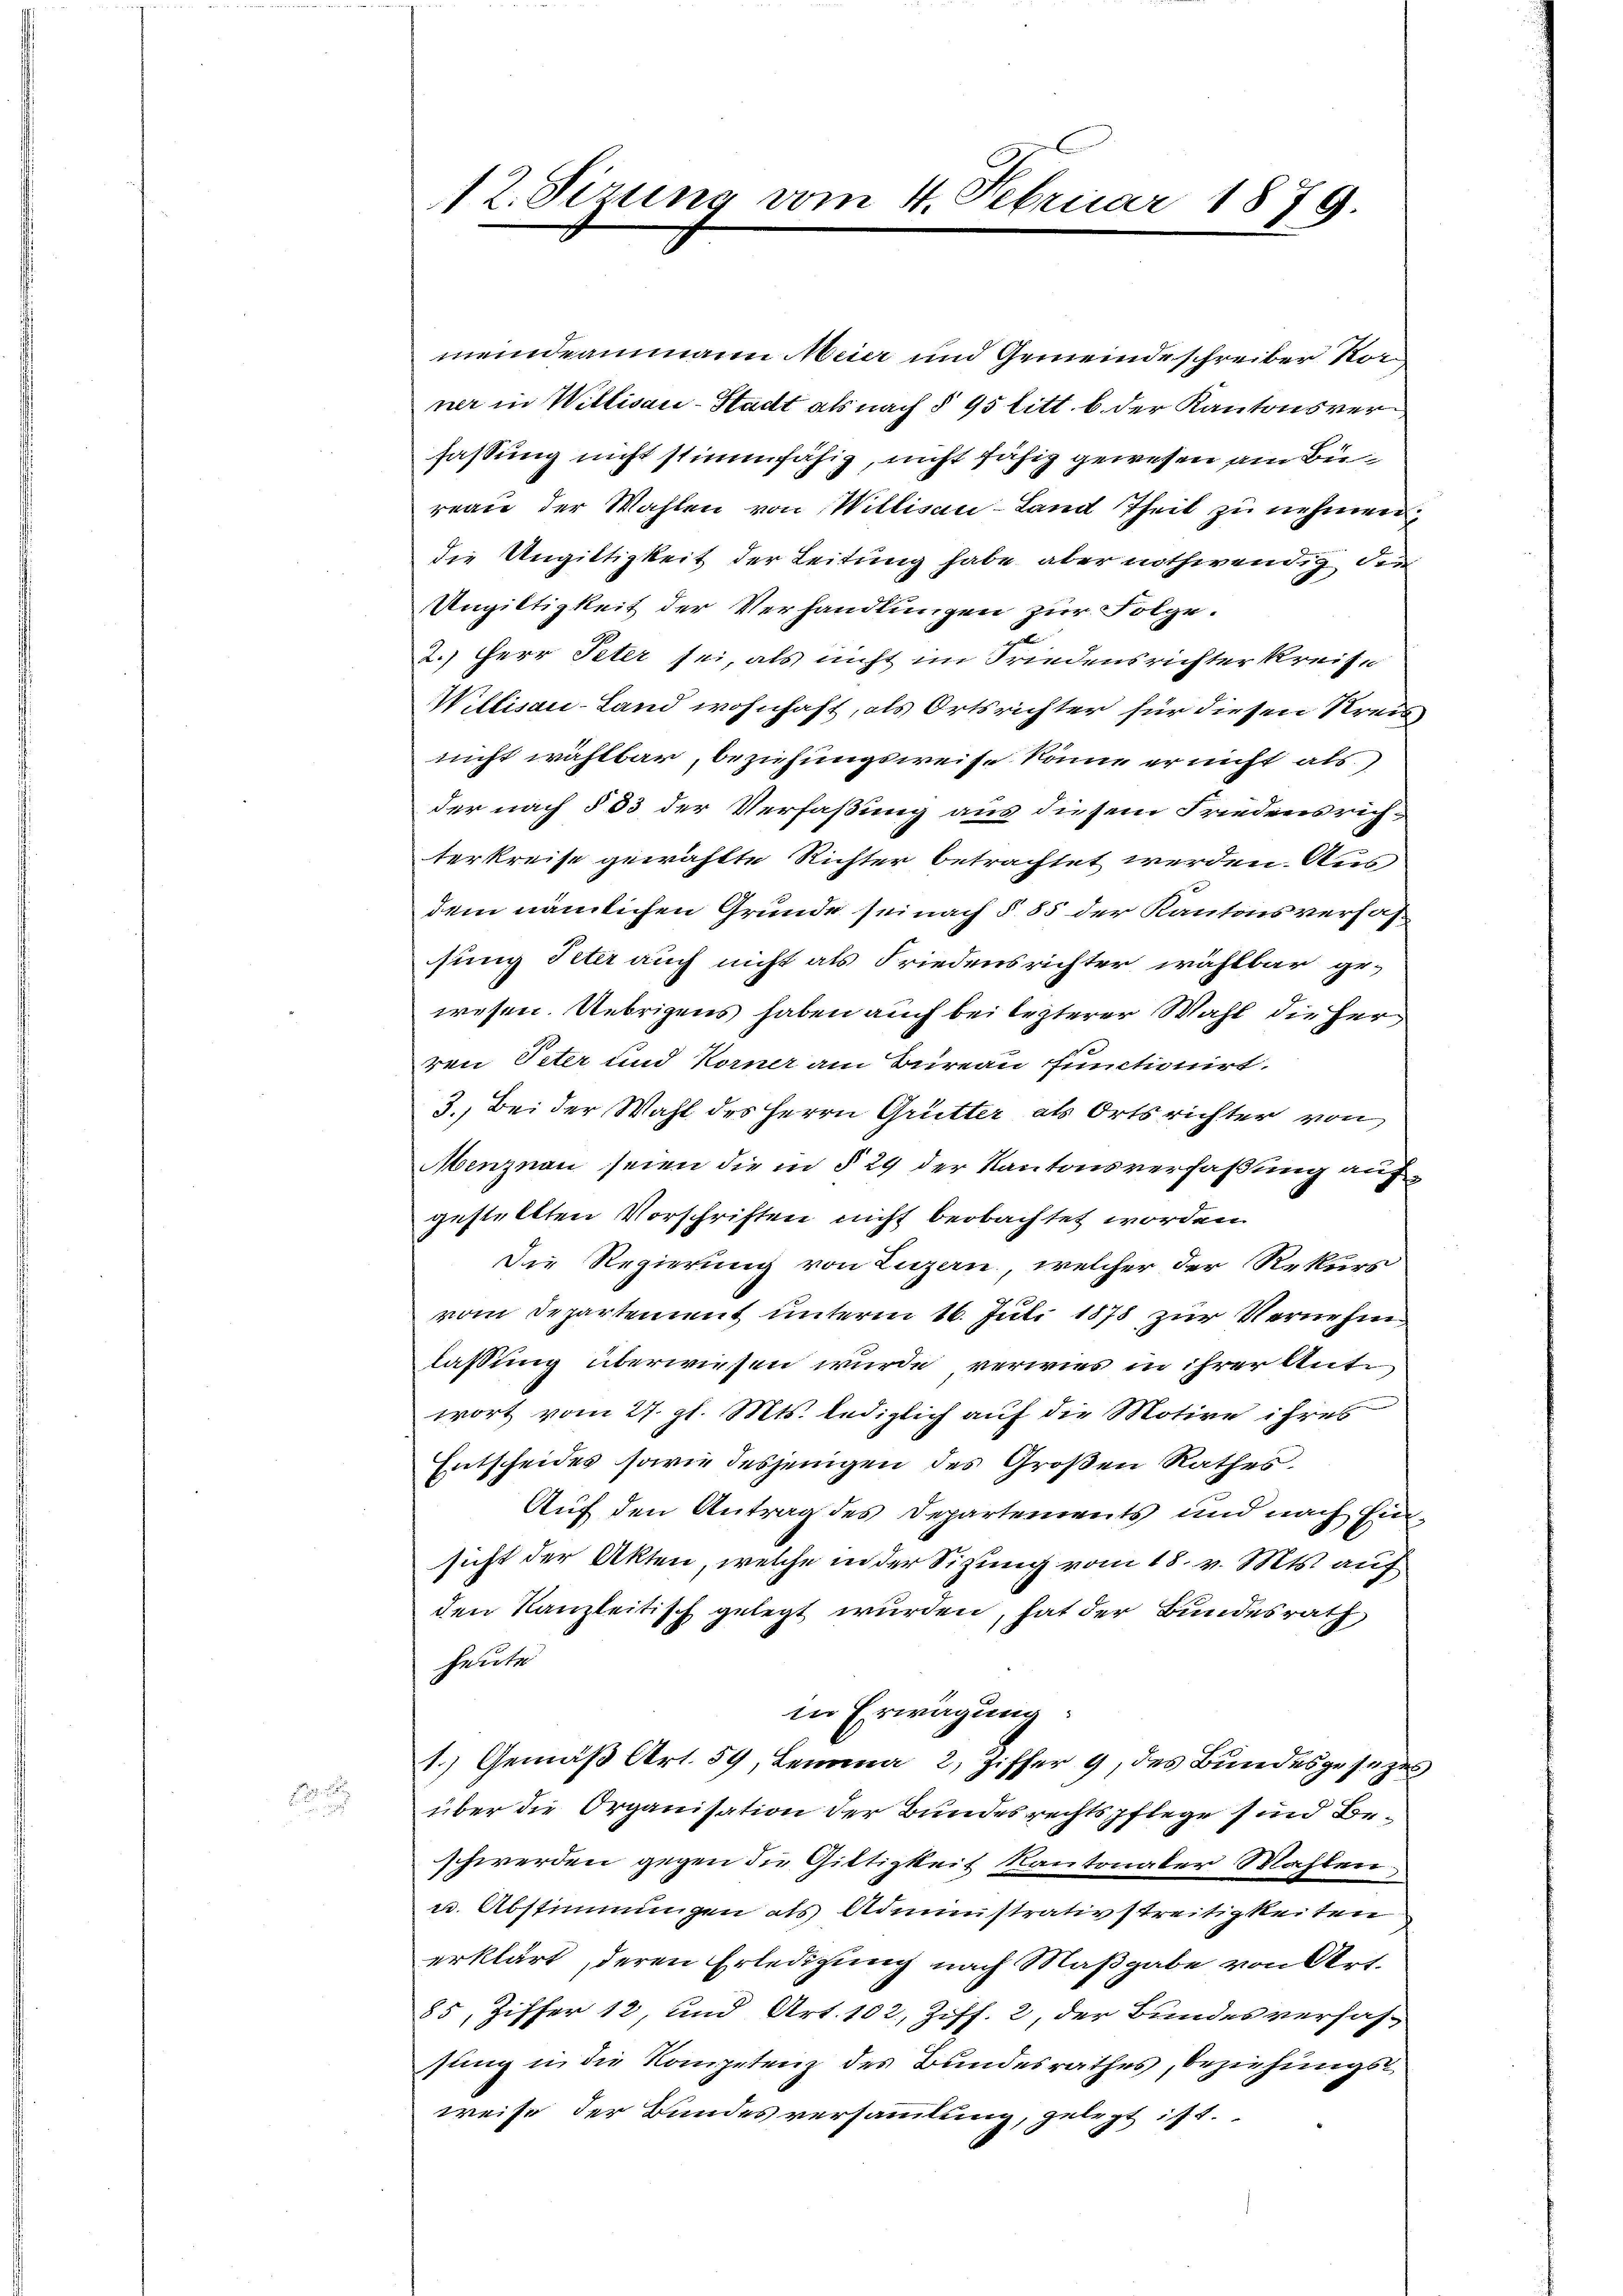
12. Sizung vom 4. Februar 1879.

meindeammann Meier und Gemeindeschreiber Vorner in Willisau-Stadt als nach § 95 litt. b. der Kantonsverfassung nicht stimmfähig, nicht fähig gewesen am Büreau der Wahlen von Willisau-Land Theil zu nehmen.
die Ungittigkeit der Leitung habe aber nothwendig, den
Ungiltigkeit der Verhandlungen zur Folge.
2.) Herr Peter sei, als nicht im Friedensrichter Kreise
Willisau-Land wohnhaft, als Ortsrichter für diesen Kreis
nicht wahlbar, beziehungsweise könne er nicht als
der nach § 33 der Verfaßung aus diesem Friedensrich-
terkreise gewählte Richter betrachtet werden. Aus
dem nämlichen Grunde sei nach § 85 der Kantonsverhafsung Peter auch nicht als Friedensrichter wählbar ge-
wesen. Uebrigens haben auch bei lezterer Wahl die Herr
ren Peter und Korner am Bureau functionirt.
3. Bei der Wahl des Herrn Grütter als Orts richter von
Menznau seien die in § 29 der Kantonsverfaßung aufgestellten Vorschriften nicht beobachtet worden.
Die Regierung von Luzern, welcher der Rekurs
vom Departement unterm 16. Juli 1878 zur Vernehm
lassung überwiesen wurde verwies in ihrer Antr
wort vom 27. gl. Mts. lediglich auf die Motive ihres
Entscheides sowie desjenigen des Großen Rathes
Auf den Antrag des Departements und nach Ein-
sicht der Akten, welche in der Sitzung vom 18. v. Mts. auf
den Kanzleitisch gelegt wurden, hat der Bundesrath
heute
in Erwägung:
1.) Gemäß Art. 59, Lemma 2, Ziffer 9, des Bundesgesetzes
über die Organisation der Bundesrechtspflege sind Beschwerden gegen die Giltigkeit Kantonaler Wahlen,
u. Abstimmungen als Administrativstreitigkeiten
erklärt, deren Erledigung nach Maßgabe von Art.
85, Ziffer 12, und Art. 102, Ziff. 2, der Bundesverhafsung in die Kompetenz des Bundesrathes, beziehungs
weise der Bundesversammlung, gelegt ist.